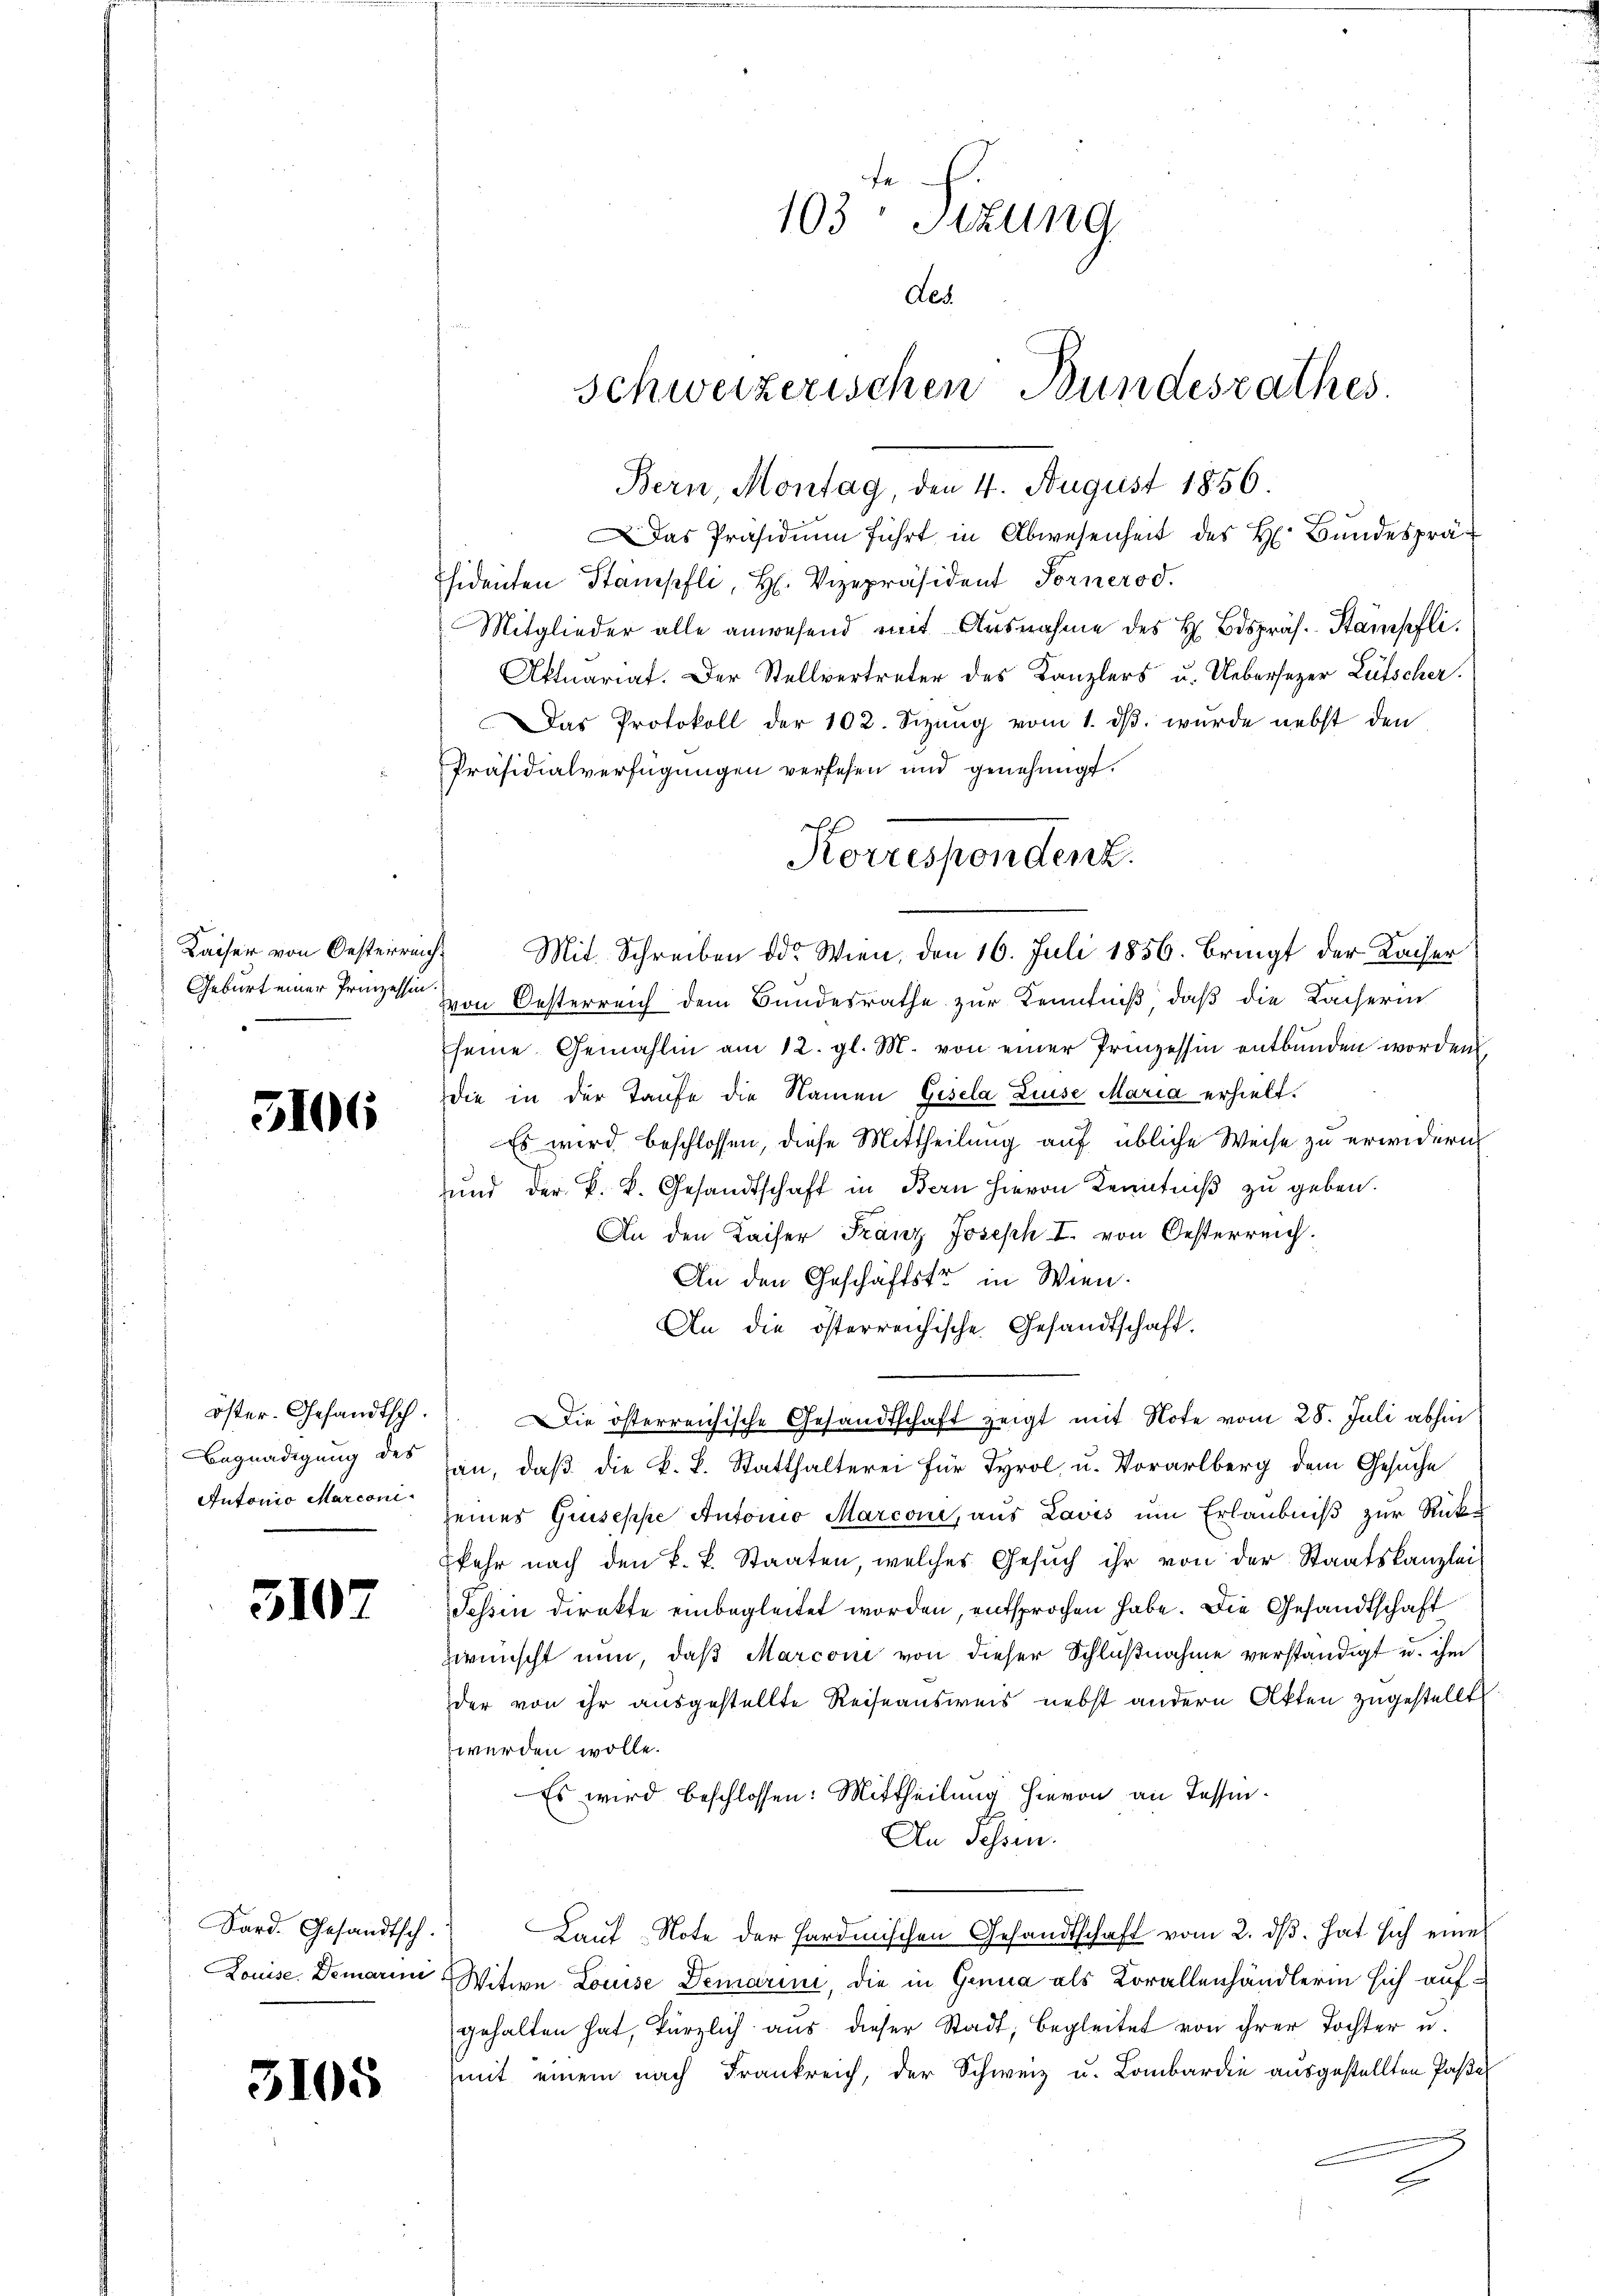
Kaiser von Oesterreich
Geburt einer Prinzessin.

5106

öster-Gehändtsch.
Begnadigung des
Autonio Marconi

310.

Sard. Gesandtsch.
Louise. Demari

5105

103 Sizung
des.
Schweizerischen Bundesrathes.

Bern Montag, den 4. August 1856.
as Präsidium führt in Abwesenheit des H. Bundespräsidenten Stampfli, H. Vizepräsident Fornerod.
Mitglieder alle anwesend mit Ausnahme des H Bdspräs. Stampfli
Aktuariat. Der Stellvertreter des Kanzlers u. Uebersezer Lütscher.
Das Protokoll der 102. Seizŭng vom 1. dβ. wurde nebst den
Präsidialverfügungen verlesen und genehmigt.
Mit Schreiben der Wien, den 16. Juli 1856. Bringt der Kacher
von Oesterreich dem Bundesrathe zur Kenntniß, daß die Lacherin
seine Gemahlin am 12. gl. M. von einer Prinzessin entbunden worden
die in der Taufe die Namen Gisela Luise Maria erhielt.
Es wird beschlossen, diese Mittheilung auf übliche Weise zu erwidern
und der k. k. Gesandtschaft in Bern hievon Kenntniß zu geben.
An den Kaiser Franz Joseph I. von Oesterreich.
An den Geschäftstr in Wien.
An die österreichische Gesandtschaft.
Die österreichische Gesandtschaft zeigt mit Note vom 28. Juli abhin
an, daß die k. L. Statthalterei für Tyrol u. Vorarlberg dem Gesuche
seines Griseppe Autorio Marconi, aus Lavis um Erlaubniß zur Rückkehr nach den k. k. Staaten, welches Gesŭch ihr von der Staatskanzleis
Fessen direkte einbegleitet worden, entsprochen habe. Die Gesandtschaft
zwünscht nun, daß Marconi von dieser Schlußnahme verständigt u. ihm
der von ihr ausgestellte Reiseausweis nebst andern Akten zugestellt
werden wolle.
Es wird beschlossen: Mittheilung hievon an Tessin¬
An Sessen.
Lauf „Note der Hardmischen Gesandtschaft vom 2. dβ. hat sich eine
Witwe Louise Demarini, die in Genua als Corallenhändlerin sich aufgehalten hat, kürzlich aus dieser Stadt, begleitet von ihrer Tochter u.
mit einem nach Frankreich, der Schweiz u. Lombardie ausgestellten Pasel

Korrespondenz.